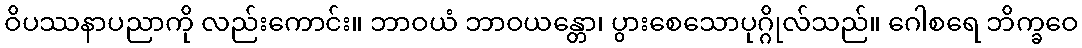
ဝိပဿနာပညာကို လည်းကောင်း။ ဘာဝယံ ဘာဝယန္တော၊ ပွားစေသောပုဂ္ဂိုလ်သည်။ ဂေါစရေ ဘိက္ခဝေ